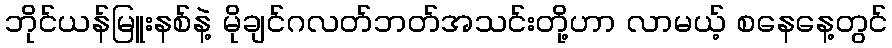
ဘိုင်ယန်မြူးနစ်နဲ့ မိုချင်ဂလတ်ဘတ်အသင်းတို့ဟာ လာမယ့် စနေနေ့တွင်